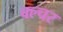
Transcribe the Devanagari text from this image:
क्ल्चर